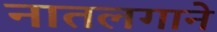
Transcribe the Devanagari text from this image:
नातलगाने